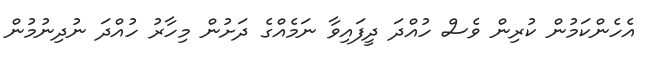
އެހެންކަމުން ކުރިން ވެސް ހުއްދަ ދީފައިވާ ނަމެއްގެ ދަށުން މިހާރު ހުއްދަ ނުދިނުމުން